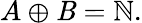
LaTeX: A\oplus\mathit{B}=\mathbb{{N}}.